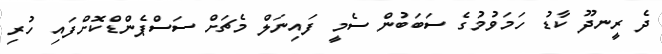
ދެ ރީނދޫ ކާޑު ހަމަވުމުގެ ސަބަބުން ސެމީ ފައިނަލް މެޗަށް ސަސްޕެންޑްކޮށްފައި ހުރި